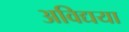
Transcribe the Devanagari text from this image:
अविद्यया